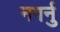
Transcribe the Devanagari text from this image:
नगर्नु